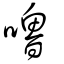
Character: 嚕